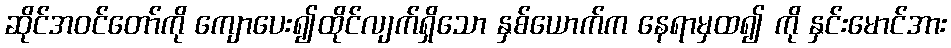
ဆိုင်အဝင်တော်ကို ကျောပေး၍ထိုင်လျက်ရှိသော နှစ်ယောက်က နေရာမှထ၍ ကို နှင်းမောင်အား